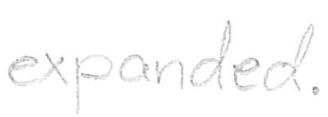
Text: expanded.
Cross-out: clean
Writing tool: pencil